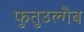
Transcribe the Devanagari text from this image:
फुतुउल्गैब